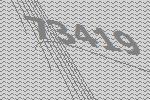
73419